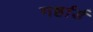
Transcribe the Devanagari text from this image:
गर्हार्ड